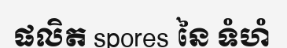
ផលិត spores នៃ ទំហំ